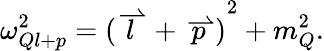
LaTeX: \omega_{Ql+p}^{2}={(\stackrel{\rightharpoonup}{l}+\stackrel{\rightharpoonup}{p})}^{2}+m_{Q}^{2}.